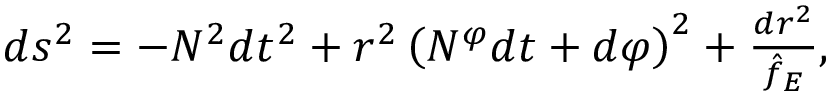
\begin{array} { r } { d s ^ { 2 } = - N ^ { 2 } d t ^ { 2 } + r ^ { 2 } \left( N ^ { \varphi } d t + d \varphi \right) ^ { 2 } + \frac { d r ^ { 2 } } { \hat { f } _ { E } } , } \end{array}